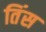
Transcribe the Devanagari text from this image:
तिंस